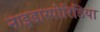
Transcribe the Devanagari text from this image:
नाइडास्पोरिडिया